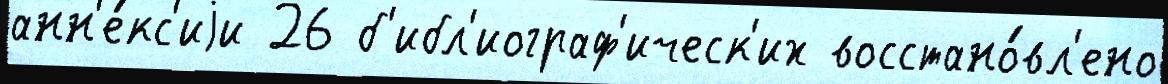
анн'е́кс'иjи 26 б'ибл'иограф'ическ'их восстано́вл'ено